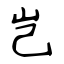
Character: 岂